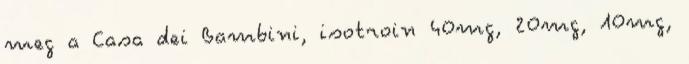
meg a Casa dei Bambini, isotroin 40mg, 20mg, 10mg,